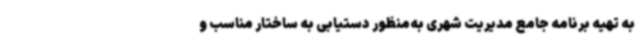
به تهیه برنامه جامع مدیریت شهری به‌منظور دستیابی به ساختار مناسب و